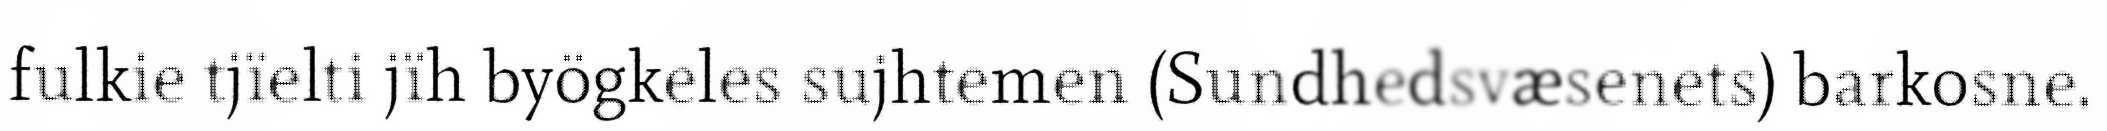
fulkie tjïelti jïh byögkeles sujhtemen (Sundhedsvæsenets) barkosne.